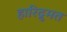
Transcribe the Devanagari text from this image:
हारिद्रुमत